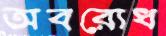
অবরোধ